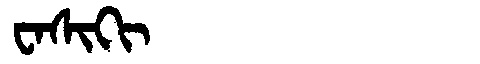
Manchu: ᠸᠠᠰᡳᡴᡳ
Romanization: WASIKI